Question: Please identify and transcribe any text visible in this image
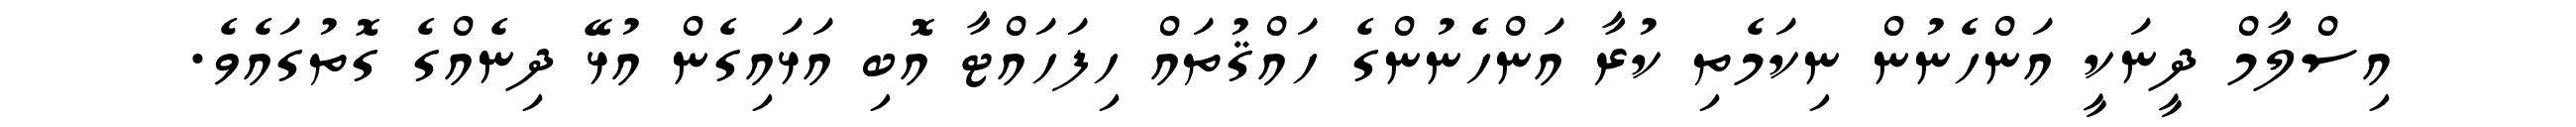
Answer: އިސްލާމް ދީނަކީ އަންހެނުން ނިކަމެތި ކުރާ އަންހެނުންގެ ހައްޤުތައް ހިފަހައްޓާ އޮބި އަޅައިގެން އުޅޭ ދިނެއްގެ ގޮތުގައެވެ.